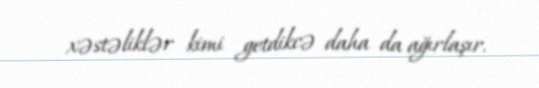
xəstəliklər kimi getdikcə daha da ağırlaşır.